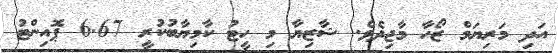
އަދި މަރިޔަމް ޒޯހާ މާޖިދެވެ. ޝާޒިޔާ މި ހީޓު ކާމިޔާބުކުރީ 6.67 ޕޮއިންޓު